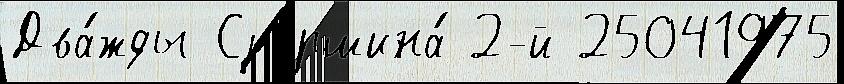
Два́жды Старшина́ 2-й 25041975